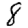
Digit: 8